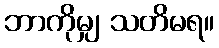
ဘာကိုမျှ သတိမရ။